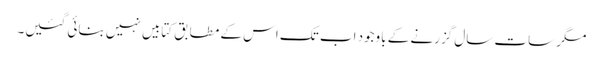
مگر سات سال گزرنے کے باوجود اب تک اس کے مطابق کتابیں نہیں بنائی گئیں۔